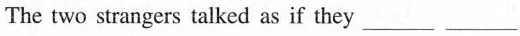
The two strangers talked as if they --- ---